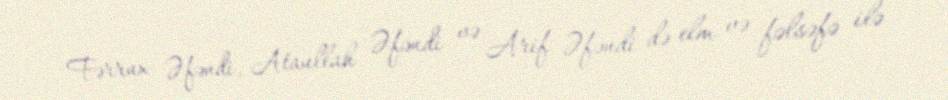
Fərrux Əfəndi, Ataullah Əfəndi və Arif Əfəndi də elm və fəlsəfə ilə